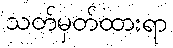
သတ်မှတ်ထားရာ